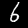
Label: 6